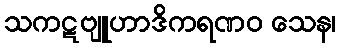
သကဋဗျူဟာဒိကရဏဝ သေန၊